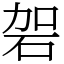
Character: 䂟